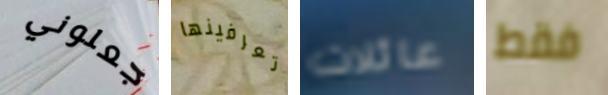
جعلوني تعرفينها عائلات فقط